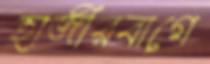
হাজীরবাগে